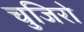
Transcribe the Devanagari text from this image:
चुजिरो